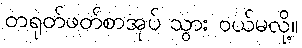
တရုတ်ဖတ်စာအုပ် သွား ဝယ်မလို့။